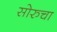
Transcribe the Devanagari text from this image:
सोरुचा